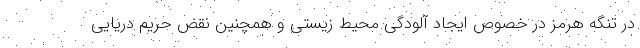
در تنگه هرمز در خصوص ایجاد آلودگی محیط زیستی و همچنین نقض حریم دریایی